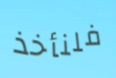
فلنأخذ